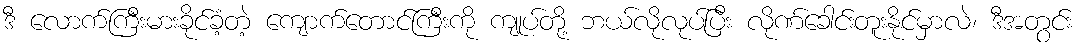
ဒီ လောက်ကြီးမားခိုင်ခံ့တဲ့ ကျောက်တောင်ကြီးကို ကျုပ်တို့ ဘယ်လိုလုပ်ပြီး လိုဏ်ခေါင်းတူးနိုင်မှာလဲ၊ ဒီအတွင်း